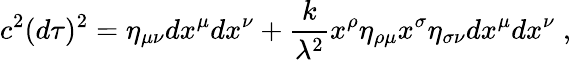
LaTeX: c^{2}(d\tau)^{2}=\eta_{\mu\nu}dx^{\mu}dx^{\nu}+\frac{k}{\lambda^{2}}x^{\rho}\eta_{\rho\mu}x^{\sigma}\eta_{\sigma\nu}dx^{\mu}dx^{\nu}\; ,